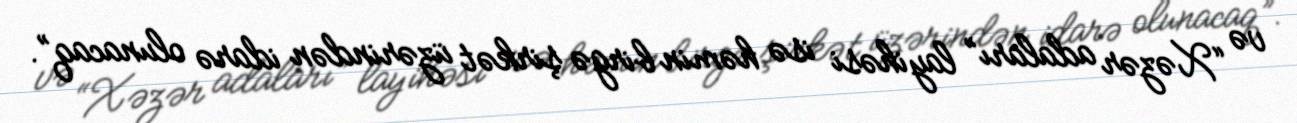
və “Xəzər adaları” layihəsi isə həmin birgə şirkət üzərindən idarə olunacaq”.